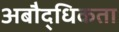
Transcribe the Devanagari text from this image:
अबौद्धिकता